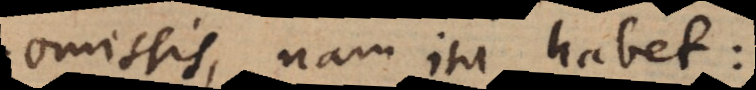
omissis, nam ita habet: